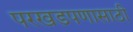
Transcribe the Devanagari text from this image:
परखडपणासाठी